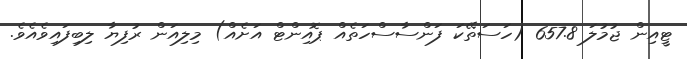
ޓީއިން ޖުމުލަ 657.8 (ހަސަތޭކަ ފަންސާސްހަތެއް ޕޮއިންޓް އަށެއް) މިލިއަން ރުފިޔާ ލިބިފައިވެއެވެ.